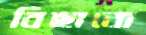
বিছানো